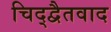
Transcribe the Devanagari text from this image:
चिद्द्वैतवाद